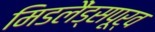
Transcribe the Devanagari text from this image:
मिडलैंड्सपूर्व